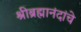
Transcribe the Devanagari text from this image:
श्रीब्रह्मानंदांचे